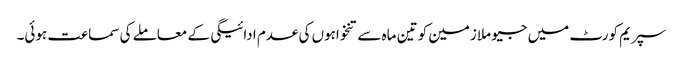
سپریم کورٹ میں جیو ملازمین کو تین ماہ سے تنخواہوں کی عدم ادائیگی کے معاملے کی سماعت ہوئی۔